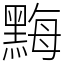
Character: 黣